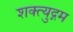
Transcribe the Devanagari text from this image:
शक्त्युद्गम